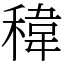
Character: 稦